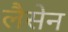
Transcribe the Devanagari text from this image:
लैसेन